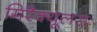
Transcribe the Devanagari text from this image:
मिरैक्यूलसः